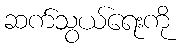
ဆက်သွယ်ရေးကို